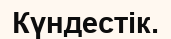
Күндестік.